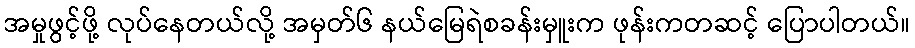
အမှုဖွင့်ဖို့ လုပ်နေတယ်လို့ အမှတ်၆ နယ်မြေရဲစခန်းမှူးက ဖုန်းကတဆင့် ပြောပါတယ်။